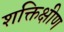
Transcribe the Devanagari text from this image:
शक्तिक्षीण